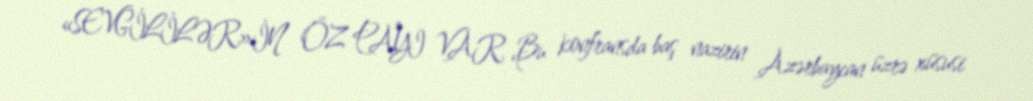
«SEVGİLİLƏR»İN ÖZ PAYI VAR Bu konfransda baş nazirin Azərbaycan üzrə xüsusi